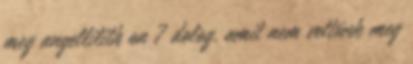
meg angellilith on 7 dolog, amit nem vettünk meg